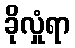
ခိုလှုံရာ